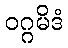
ဝဂ္ဂမိဒံ